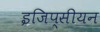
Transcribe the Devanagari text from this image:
इजिप्सीयन